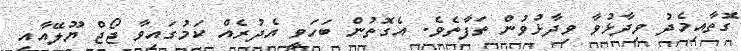
ގޮތާއިމެދު ވިދާޅުވާ ވިދާޅުވުން ތަފާތެވެ. އެގޮތުން ބަހަވީ އެދުރެއް ކަމުގައިވާ ޖޯޖް ޔޫލޭއާއި